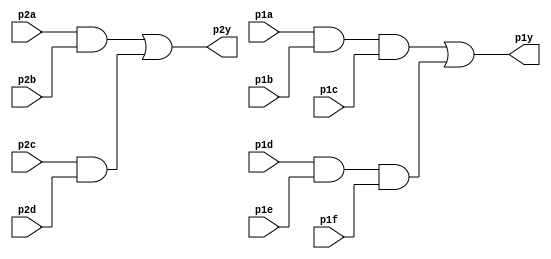
module top_module ( 
    input p1a, p1b, p1c, p1d, p1e, p1f,
    output p1y,
    input p2a, p2b, p2c, p2d,
    output p2y );
    
    wire out1, out2, out3, out4;
	
    assign out1 = p2a & p2b;
    assign out2 = p2c & p2d;
    assign p2y = out1 | out2;
    
    assign out3 = p1a & p1b & p1c;
    assign out4 = p1d & p1e & p1f;
    assign p1y = out3 | out4;

endmodule